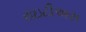
રાઇટીઅસ